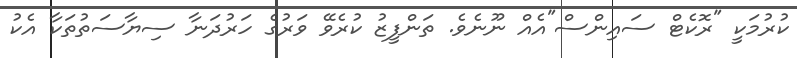
ކުރުމަކީ "ރޮކެޓް ސައިންސް"އެއް ނޫނެވެ. ތަންފީޒު ކުރެވޭ ވަރުގެ ހަރުދަނާ ސިޔާސަތުތަކާ އެކު